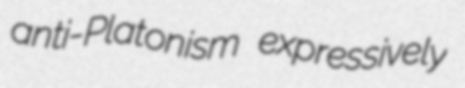
anti-Platonism expressively